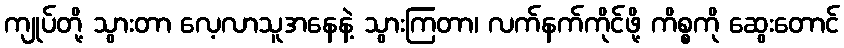
ကျုပ်တို့ သွားတာ လေ့လာသူအနေနဲ့ သွားကြတာ၊ လက်နက်ကိုင်ဖို့ ကိစ္စကို ဆွေးတောင်